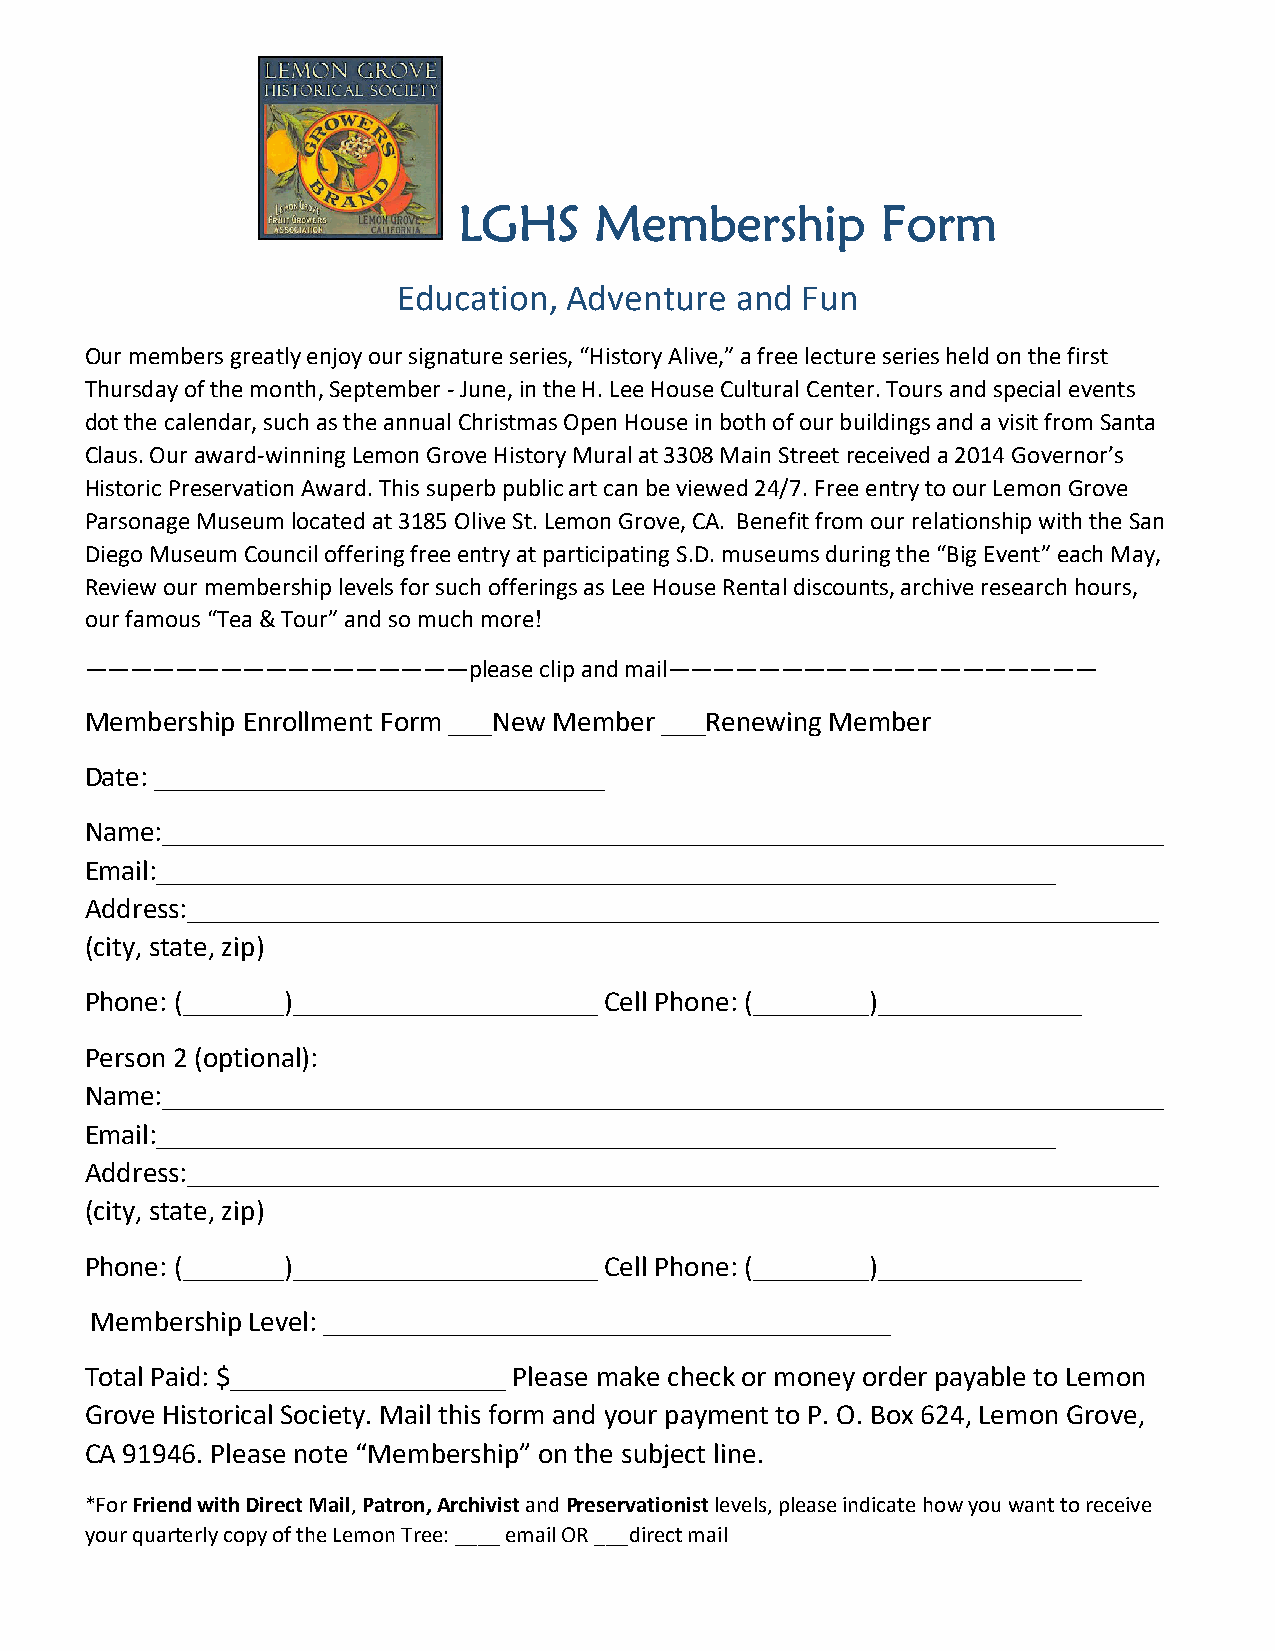
LGHS     Membership         Form
 Education,  Adventure  and Fun
 Our members greatly enjoy our signature series, “History Alive,” a free lecture series held on the first
 Thursday of the month, September - June, in the H. Lee House Cultural Center. Tours and special events
 dot the calendar, such as the annual Christmas Open House in both of our buildings and a visit from Santa
 Claus. Our award-winning Lemon Grove History Mural at 3308 Main Street received a 2014 Governor’s
 Historic Preservation Award. This superb public art can be viewed 24/7. Free entry to our Lemon Grove
 Parsonage Museum located at 3185 Olive St. Lemon Grove, CA. Benefit from our relationship with the San
 Diego Museum Council offering free entry at participating S.D. museums during the “Big Event” each May,
 Review our membership levels for such offerings as Lee House Rental discounts, archive research hours,
 our famous “Tea & Tour” and so much more!
 —————————————————please       clip and mail———————————————————
 Membership Enrollment Form ___New Member ___Renewing Member
 Date: _______________________________
 Name:_____________________________________________________________________
 Email:______________________________________________________________
 Address:___________________________________________________________________
 (city, state, zip)
 Phone: (_______)_____________________ Cell Phone: (________)______________
 Person 2 (optional):
 Name:_____________________________________________________________________
 Email:______________________________________________________________
 Address:___________________________________________________________________
 (city, state, zip)
 Phone: (_______)_____________________ Cell Phone: (________)______________
 Membership Level: _______________________________________
 Total Paid: $___________________ Please make check or money order payable to Lemon
 Grove Historical Society. Mail this form and your payment to P. O. Box 624, Lemon Grove,
 CA 91946. Please note “Membership” on the subject line.
 *For Friend with Direct Mail, Patron, Archivist and Preservationist levels, please indicate how you want to receive
 your quarterly copy of the Lemon Tree: ____ email OR ___direct mail